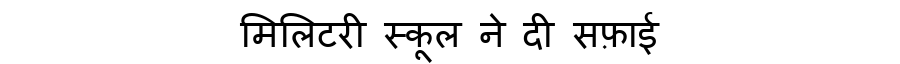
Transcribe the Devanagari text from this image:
मिलिटरी स्कूल ने दी सफ़ाई